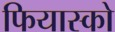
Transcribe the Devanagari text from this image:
फियास्को